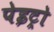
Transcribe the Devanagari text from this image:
पेइट्रो